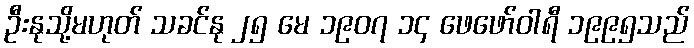
ဦးနုသို့မဟုတ် သခင်နု ၂၅ မေ ၁၉၀၇ ၁၄ ဖေဖော်ဝါရီ ၁၉၉၅သည်